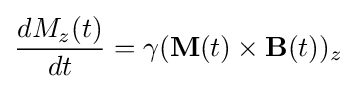
{\frac {dM_{z}(t)}{dt}}=\gamma (\mathbf {M} (t)\times \mathbf {B} (t))_{z}